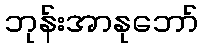
ဘုန်းအာနုဘော်